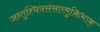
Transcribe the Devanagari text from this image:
जन्तुश्चित्रसंसारमुक्तिभाक्